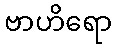
ဗာဟိရော